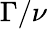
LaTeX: \Gamma/\nu